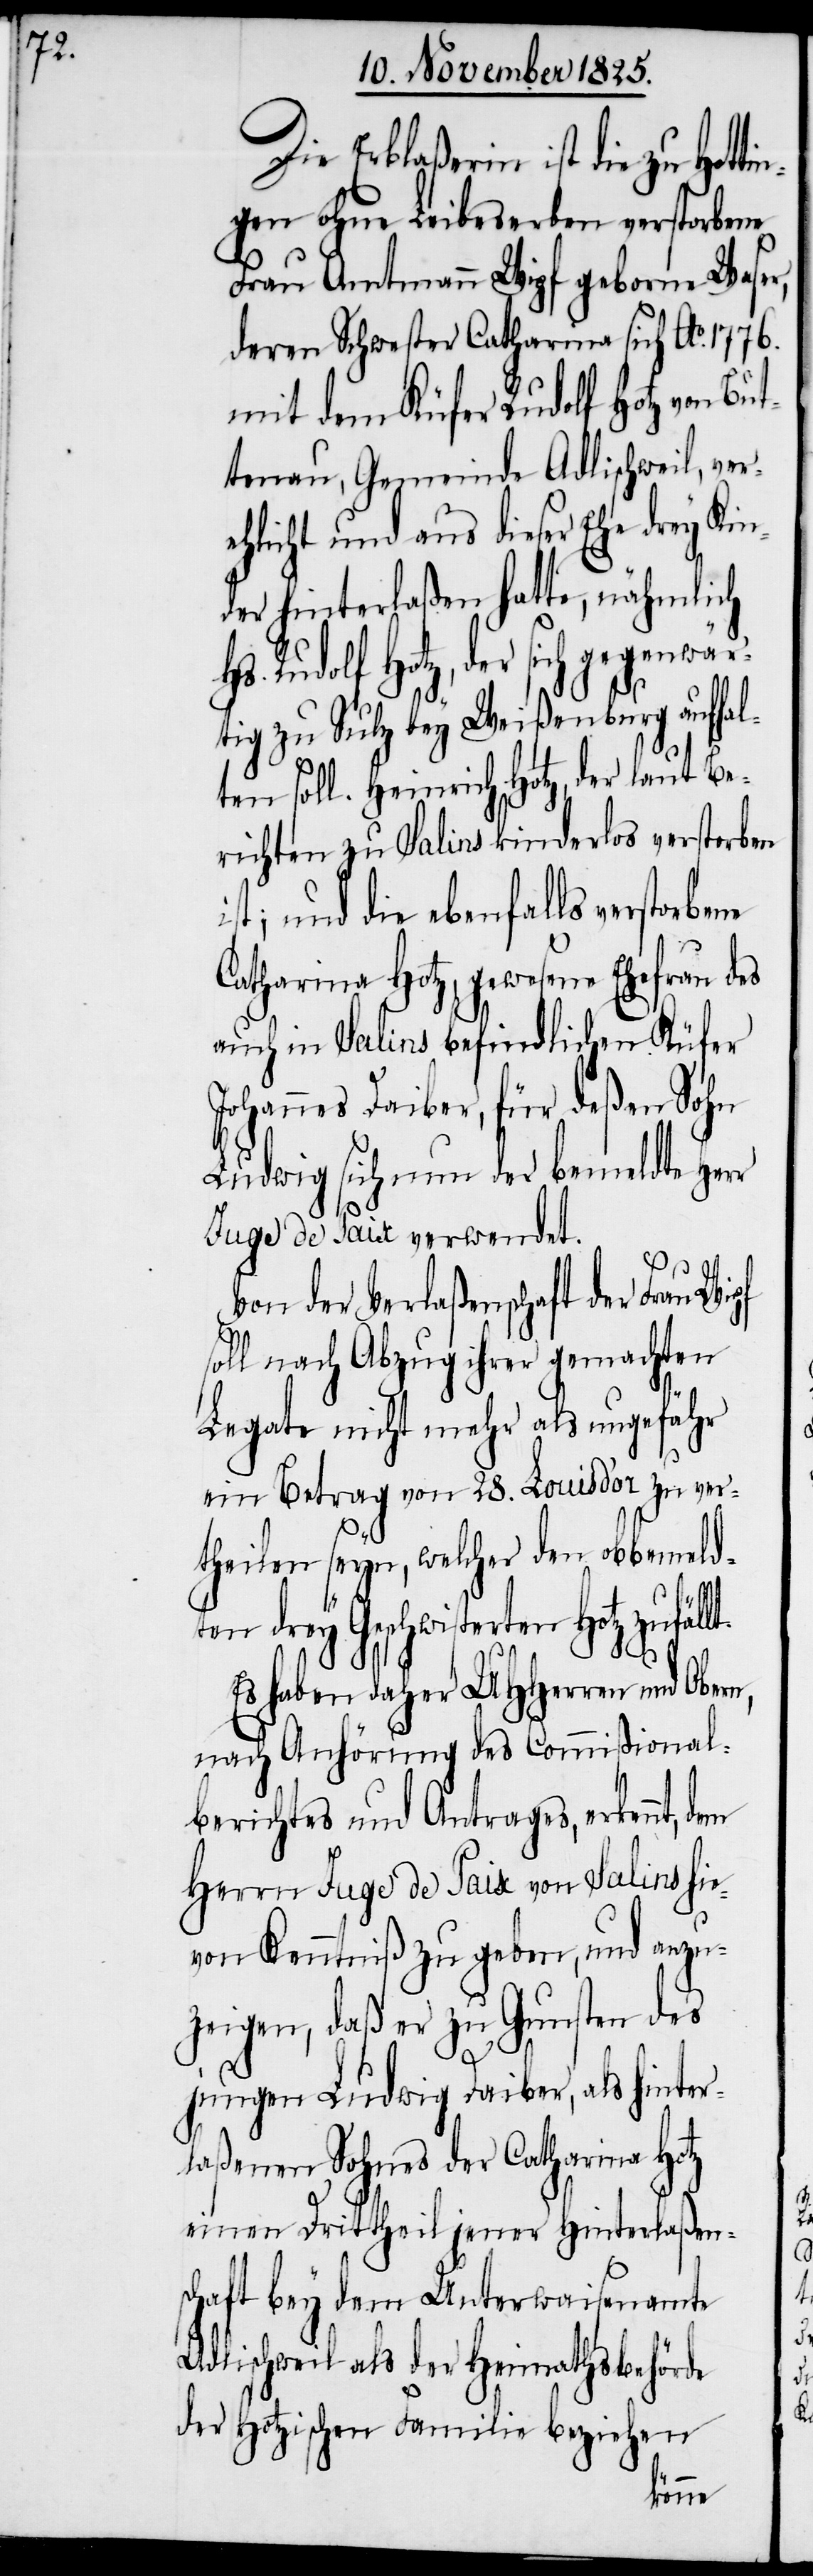
Die Erblaßerin ist die zu Hot¬
gen ohne Leibeserben verstorbene
Frau Amtmann Wipf geborne Waser,
deren Schwester Catharina sich Ao. 1776.
mit dem Küfer Rudolf Hotz von Bu¬
ttenau, Gemeinde Adlischweil, ver¬
ehlicht und aus dieser Ehe drey Kin¬
der hinterlaßen hatte, nähmlich
Rudolf Hotz, der sich gegenwär¬
tig zu Sulz bey Weißenburg aufhal¬
ten soll. Heinrich Hotz, der laut Be¬
richten zu Salins kinderlos verstorben
ist; und die ebenfalls verstorbene
Catharina Hotz, gewesene Ehefrau des
auch in Salins befindlichen Küfer
Johannes Daiber, für deßen Sohn
Ludwig sich nun der bemeldte Herr
Juge de Paix verwendet.
Von der Verlaßenschaft der Frau
soll nach Abzug ihrer gemachten
Legate nicht mehr als ungefähr
ein Betrag von 28. Louis d‘or zu ver¬
theilen seyn, welcher den obbemeldt¬
en drey Geschwisterten Hotz
Es haben daher UHHerren und Obern,
nach Anhörung des Commißional¬
berichtes und Antrages, erkennt,
Herrn Juge de Paix von Salins hie¬
von Kenntniß zu geben, und anzu¬
zeigen, daß er zu Gunsten des
jungen Ludwig Daiber, als hinter¬
laßenen Sohnes der Catharina Hotz
einen Drittheil jener Hinterlaßen¬
schaft bey dem Unterwaisenamte
Adlischweil als der Heimathsbehörde
der Hotzischen Familie beziehen
tin¬